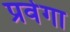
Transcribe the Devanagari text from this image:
प्रवेगा